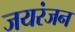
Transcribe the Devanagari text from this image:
जयरंजन